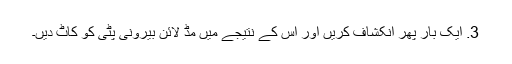
3. ایک بار پھر انکشاف کریں اور اس کے نتیجے میں مڈ لائن بیرونی پٹی کو کاٹ دیں۔